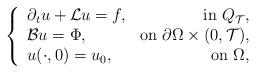
LaTeX: \begin{align*} \left\{ \begin{array}{lr} \partial_tu+\mathcal Lu=f,&\mbox{in }Q_{\mathcal T}, \\ \mathcal Bu=\Phi,&\mbox{on }\partial\Omega\times(0,\mathcal T),\\ u(\cdot,0)=u_0,&\mbox{on }\Omega, \end{array} \right.\end{align*}